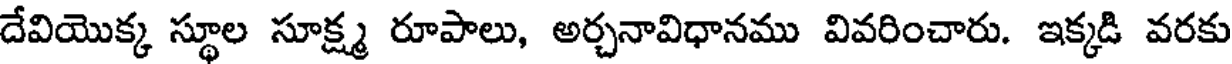
దేవియొక్క స్థూల సూక్ష్మ రూపాలు, అర్చనావిధానము వివరించారు. ఇక్కడి వరకు